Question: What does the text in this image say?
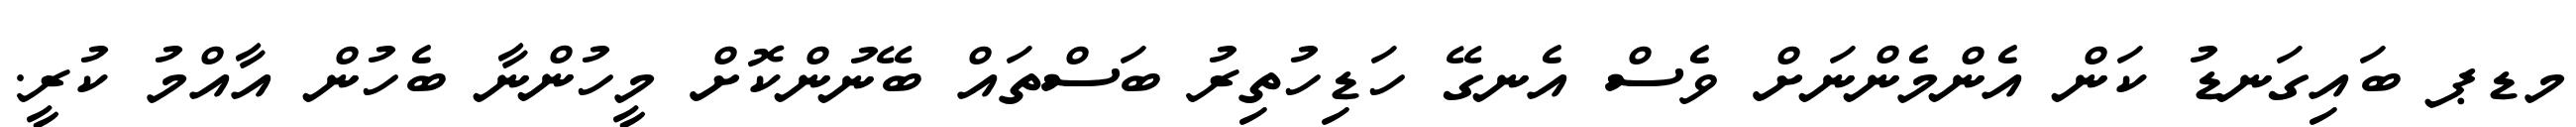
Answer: މޑޕ ބައިގަނޑު ކަން އެންމެންނަށް ވެސް އެނގޭ ހަޑިހުތިރު ބަސްތައް ބޭނުންކޮށް މީހުންނާ ބެހުން އާއްމު ކުރީ.